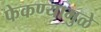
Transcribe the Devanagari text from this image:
फेकण्यामुळे